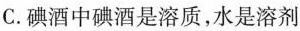
C.碘酒中碘酒是溶质，水是溶剂